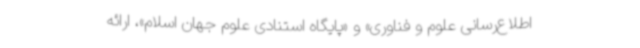
اطلاع‌رسانی علوم و فناوری» و «پایگاه استنادی علوم جهان اسلام»، ارائه